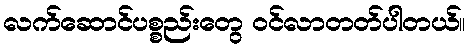
လက်ဆောင်ပစ္စည်းတွေ ဝင်လာတတ်ပါတယ်။